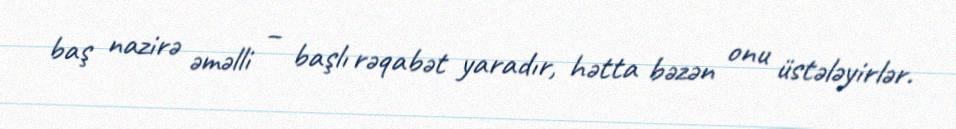
baş nazirə əməlli – başlı rəqabət yaradır, hətta bəzən onu üstələyirlər.